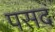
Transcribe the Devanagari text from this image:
पसदं